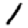
Digit: 1